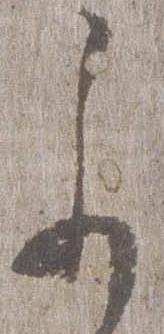
参